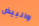
والبيض